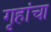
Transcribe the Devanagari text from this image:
गृहांचा